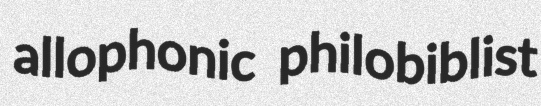
allophonic philobiblist